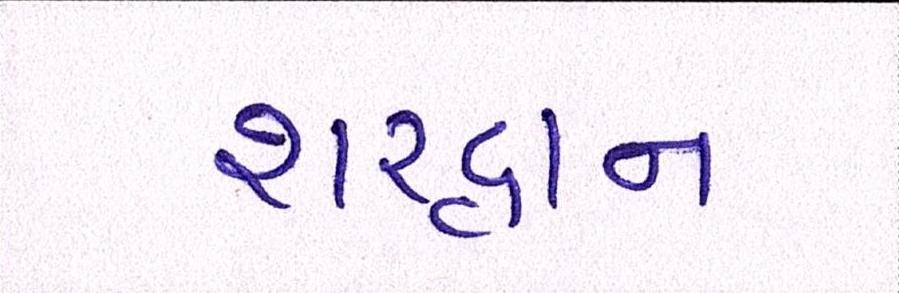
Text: શરદ્વાન